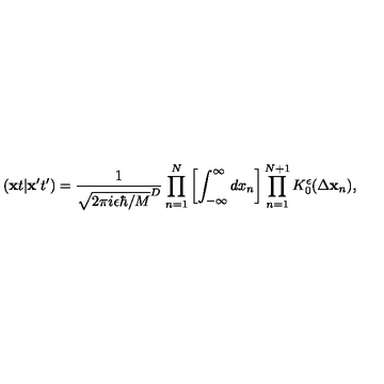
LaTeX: ( { \bf x } t \vert { \bf x } ^ { \prime } t ^ { \prime } ) = \frac { 1 } { \sqrt { 2 \pi i \epsilon \hbar / M } ^ { D } } \prod _ { n = 1 } ^ { N } \left[ \int _ { - \infty } ^ { \infty } d x _ { n } \right] \prod _ { n = 1 } ^ { N + 1 } K _ { 0 } ^ { \epsilon } ( \Delta { \bf x } _ { n } ) ,